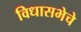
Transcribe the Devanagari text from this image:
विधासभेचे